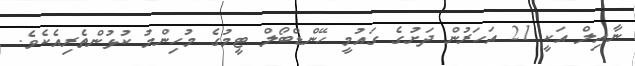
ނާއިލް އަކީ 21 އަހަރުން ދަށުގެ ގައުމީ ހޭންޑްބޯލް ޓީމުގެ މުހިންމު ކުޅުންތެރިއެކެވެ.